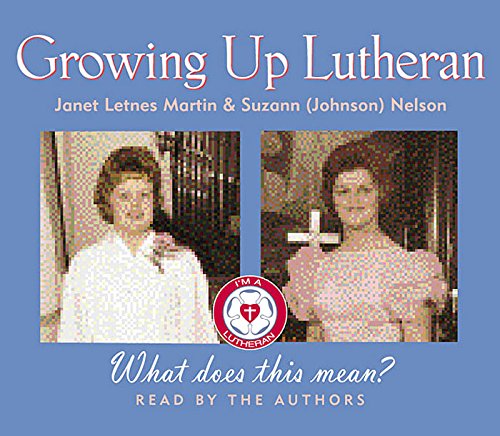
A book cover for Growing Up Lutheran; Suzanne Nelson; Biographies & Memoirs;